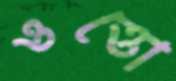
ওত্তো